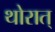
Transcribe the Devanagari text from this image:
थोरात्